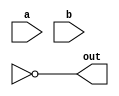
module lab2_q2a(input a,input b,output out);

wire w1;

or g1(w1,a,b);
not g2(out,g1);

endmodule